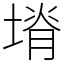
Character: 塉